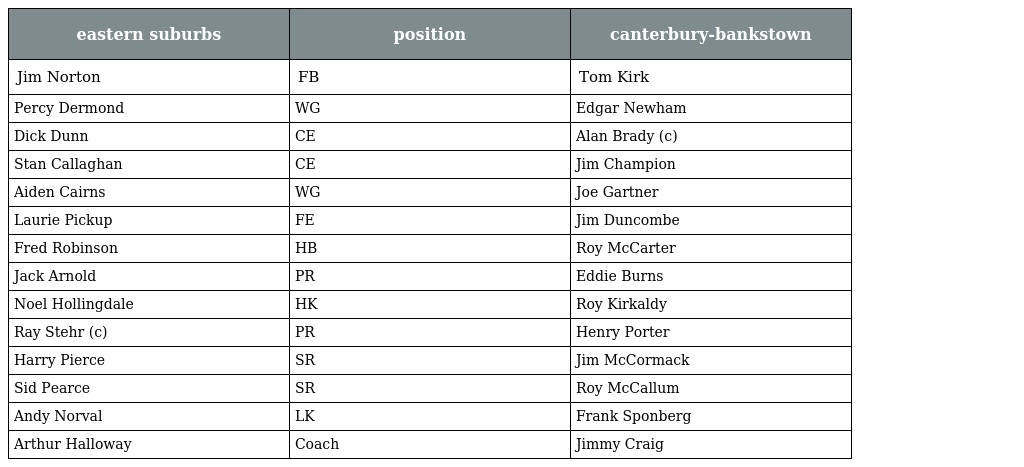
| eastern suburbs | position | canterbury-bankstown |
 | --- | --- | --- |
 | Jim Norton | FB | Tom Kirk |
 | Percy Dermond | WG | Edgar Newham |
 | Dick Dunn | CE | Alan Brady (c) |
 | Stan Callaghan | CE | Jim Champion |
 | Aiden Cairns | WG | Joe Gartner |
 | Laurie Pickup | FE | Jim Duncombe |
 | Fred Robinson | HB | Roy McCarter |
 | Jack Arnold | PR | Eddie Burns |
 | Noel Hollingdale | HK | Roy Kirkaldy |
 | Ray Stehr (c) | PR | Henry Porter |
 | Harry Pierce | SR | Jim McCormack |
 | Sid Pearce | SR | Roy McCallum |
 | Andy Norval | LK | Frank Sponberg |
 | Arthur Halloway | Coach | Jimmy Craig |